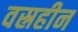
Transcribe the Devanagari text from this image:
वस्रहीन